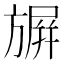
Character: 𭥀